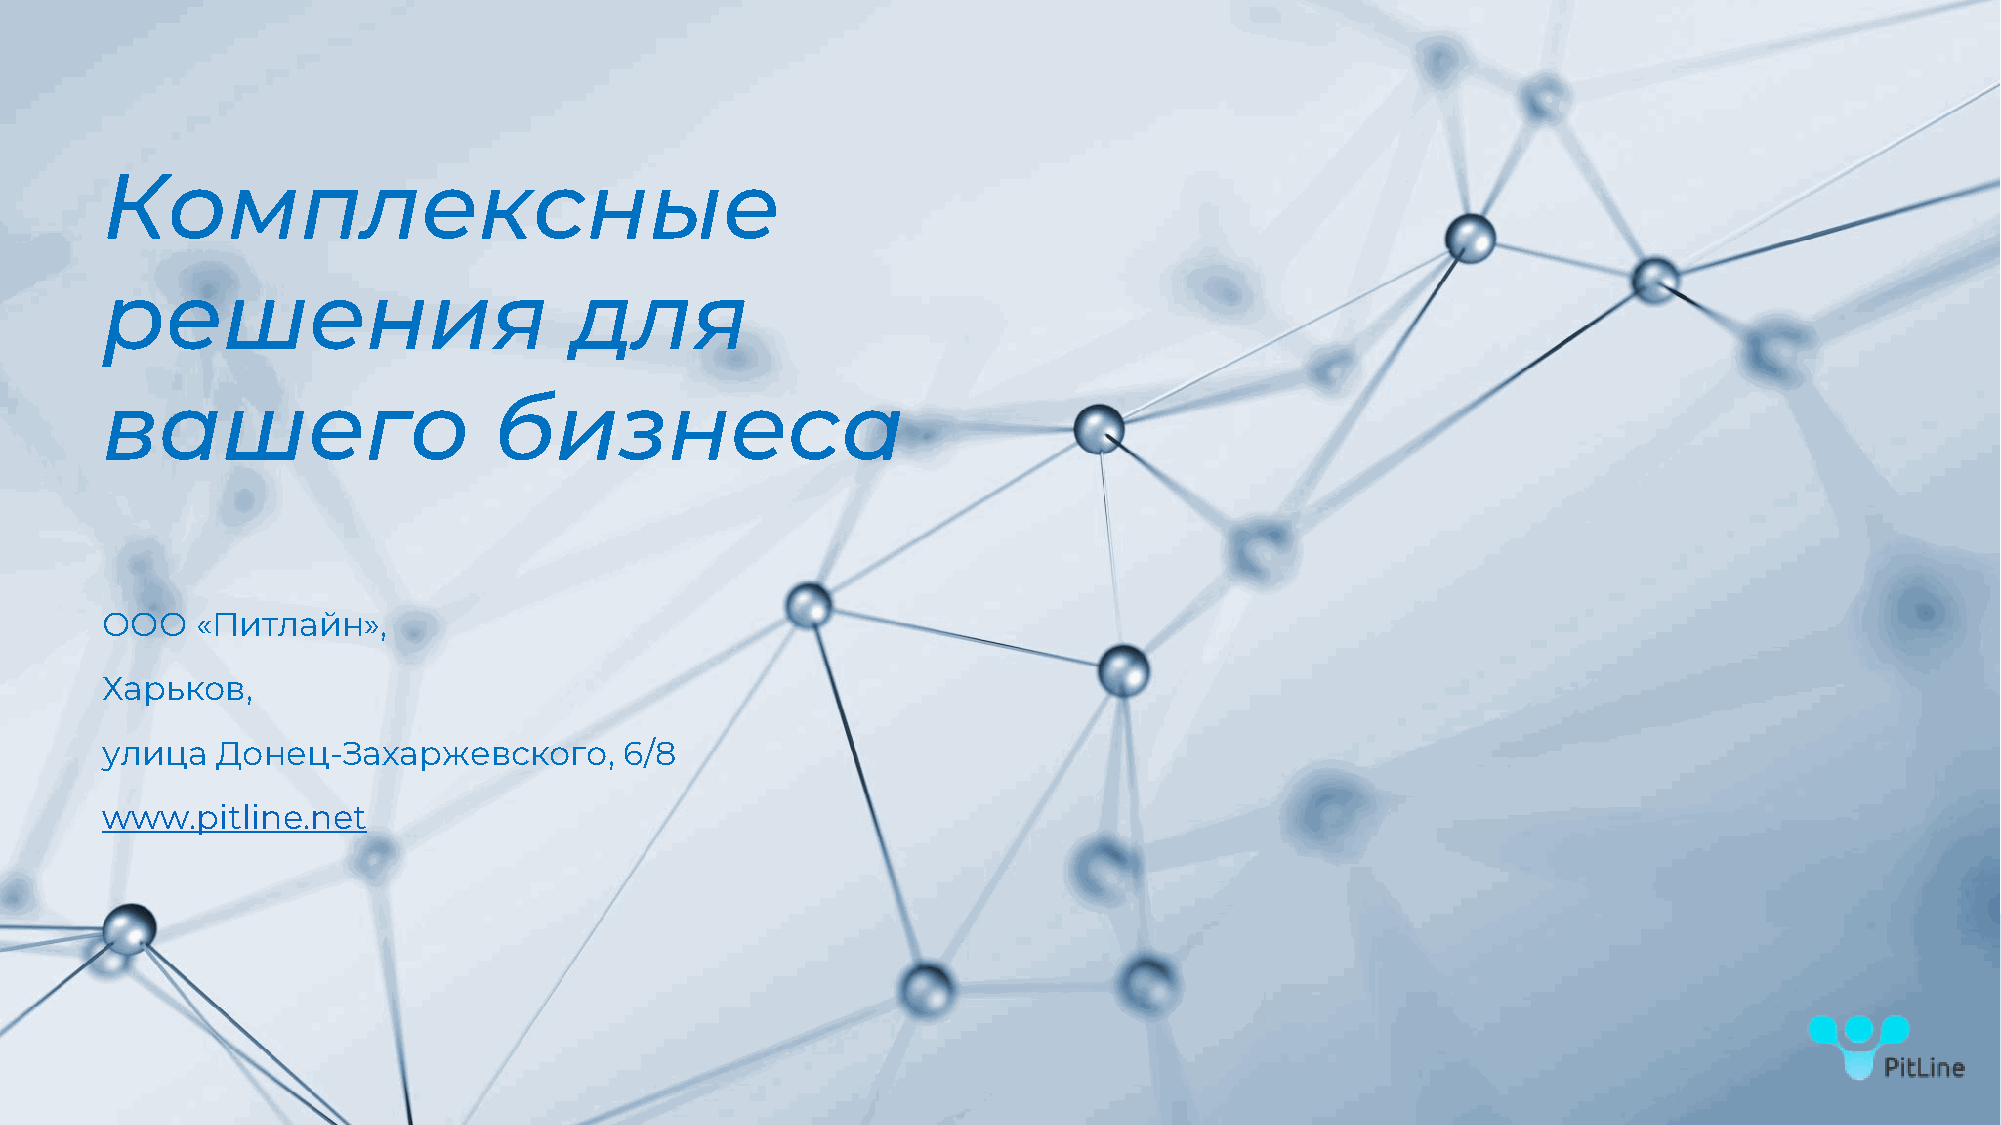
Комплексные
 решения                        для
 вашего                    бизнеса
 ООО   «Питлайн»,
 Харьков,
 улица  Донец-Захаржевского,       6/8
 www.pitline.net